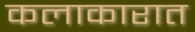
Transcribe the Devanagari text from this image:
कलाकारात